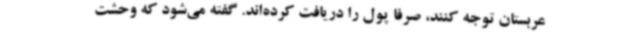
عربستان توجه کنند، صرفا پول را دریافت کرده‌اند. گفته می‌شود که وحشت